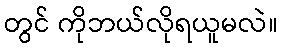
တွင် ကိုဘယ်လိုရယူမလဲ။